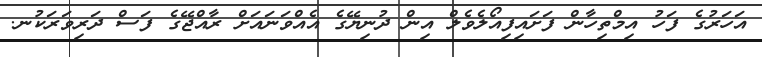
އަހަރުގެ ފަހު އިމްތިހާން ފަށައިފިއޯލެވެލް އިން ދުނިޔޭގެ އެއްވަނައަށް ރާއްޖޭގެ ފަސް ދަރިވަރަކުނ.